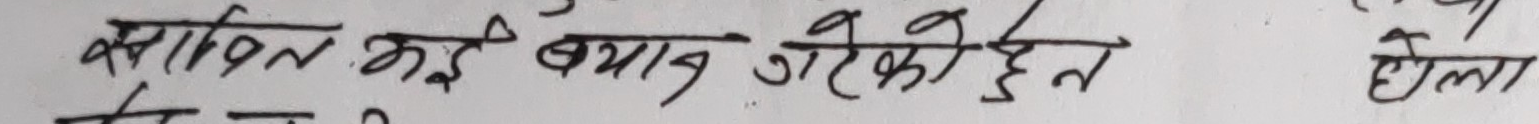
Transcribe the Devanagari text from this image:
स्थापित नई बयान गरेको हो।